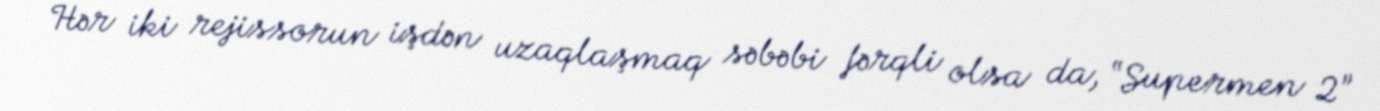
Hər iki rejissorun işdən uzaqlaşmaq səbəbi fərqli olsa da, “Supermen 2”